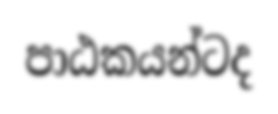
පාඨකයන්ටද